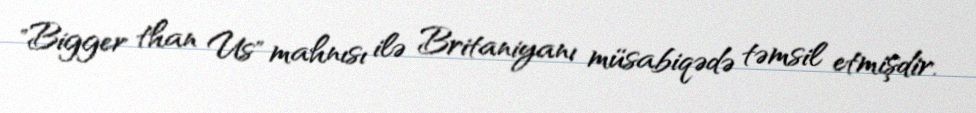
"Bigger than Us" mahnısı ilə Britaniyanı müsabiqədə təmsil etmişdir.